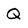
Character: Q